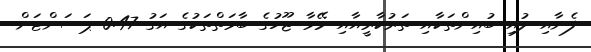
ފެނާއި ލުއި ބުއިންތަކާއި ތަރުކާރީއާއި މޭވާ ޖޫހުގެ ބާވަތްތަކުގެ އަގު 0.47 ޕަސަންޓަށް